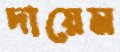
দায়েম